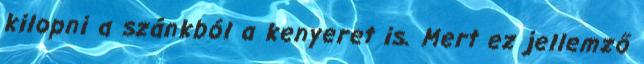
kilopni a szánkból a kenyeret is. Mert ez jellemző